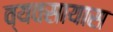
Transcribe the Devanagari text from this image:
व्‍यवसायास